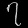
Digit: ၇